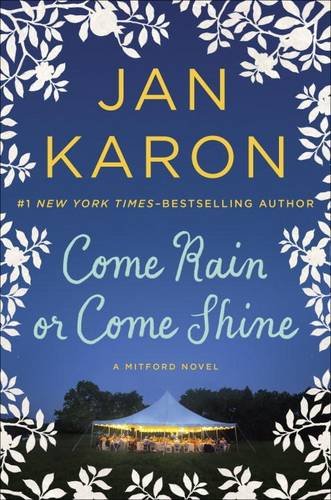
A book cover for Come Rain or Come Shine (A Mitford Novel); Jan Karon; Literature & Fiction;